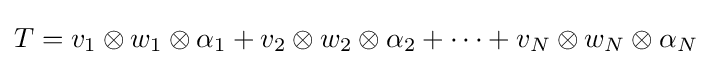
T=v_{1}\otimes w_{1}\otimes \alpha _{1}+v_{2}\otimes w_{2}\otimes \alpha _{2}+\cdots +v_{N}\otimes w_{N}\otimes \alpha _{N}